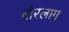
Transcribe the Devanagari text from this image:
बोरलाग